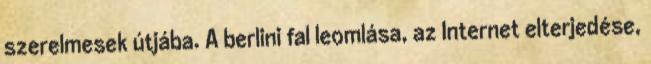
szerelmesek útjába. A berlini fal leomlása, az Internet elterjedése,